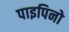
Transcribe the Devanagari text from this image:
पाइपिनो